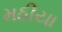
મઠીયા